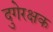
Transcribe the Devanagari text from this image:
दुगेरक्षक